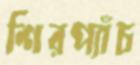
শিরপ্যাঁচ